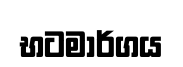
භටමාර්ගය